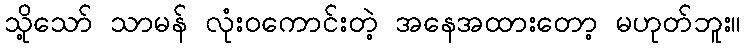
သို့သော် သာမန် လုံးဝကောင်းတဲ့ အနေအထားတော့ မဟုတ်ဘူး။